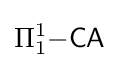
\Pi _{1}^{1}{\mathsf {-CA}}